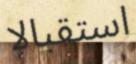
استقبالا